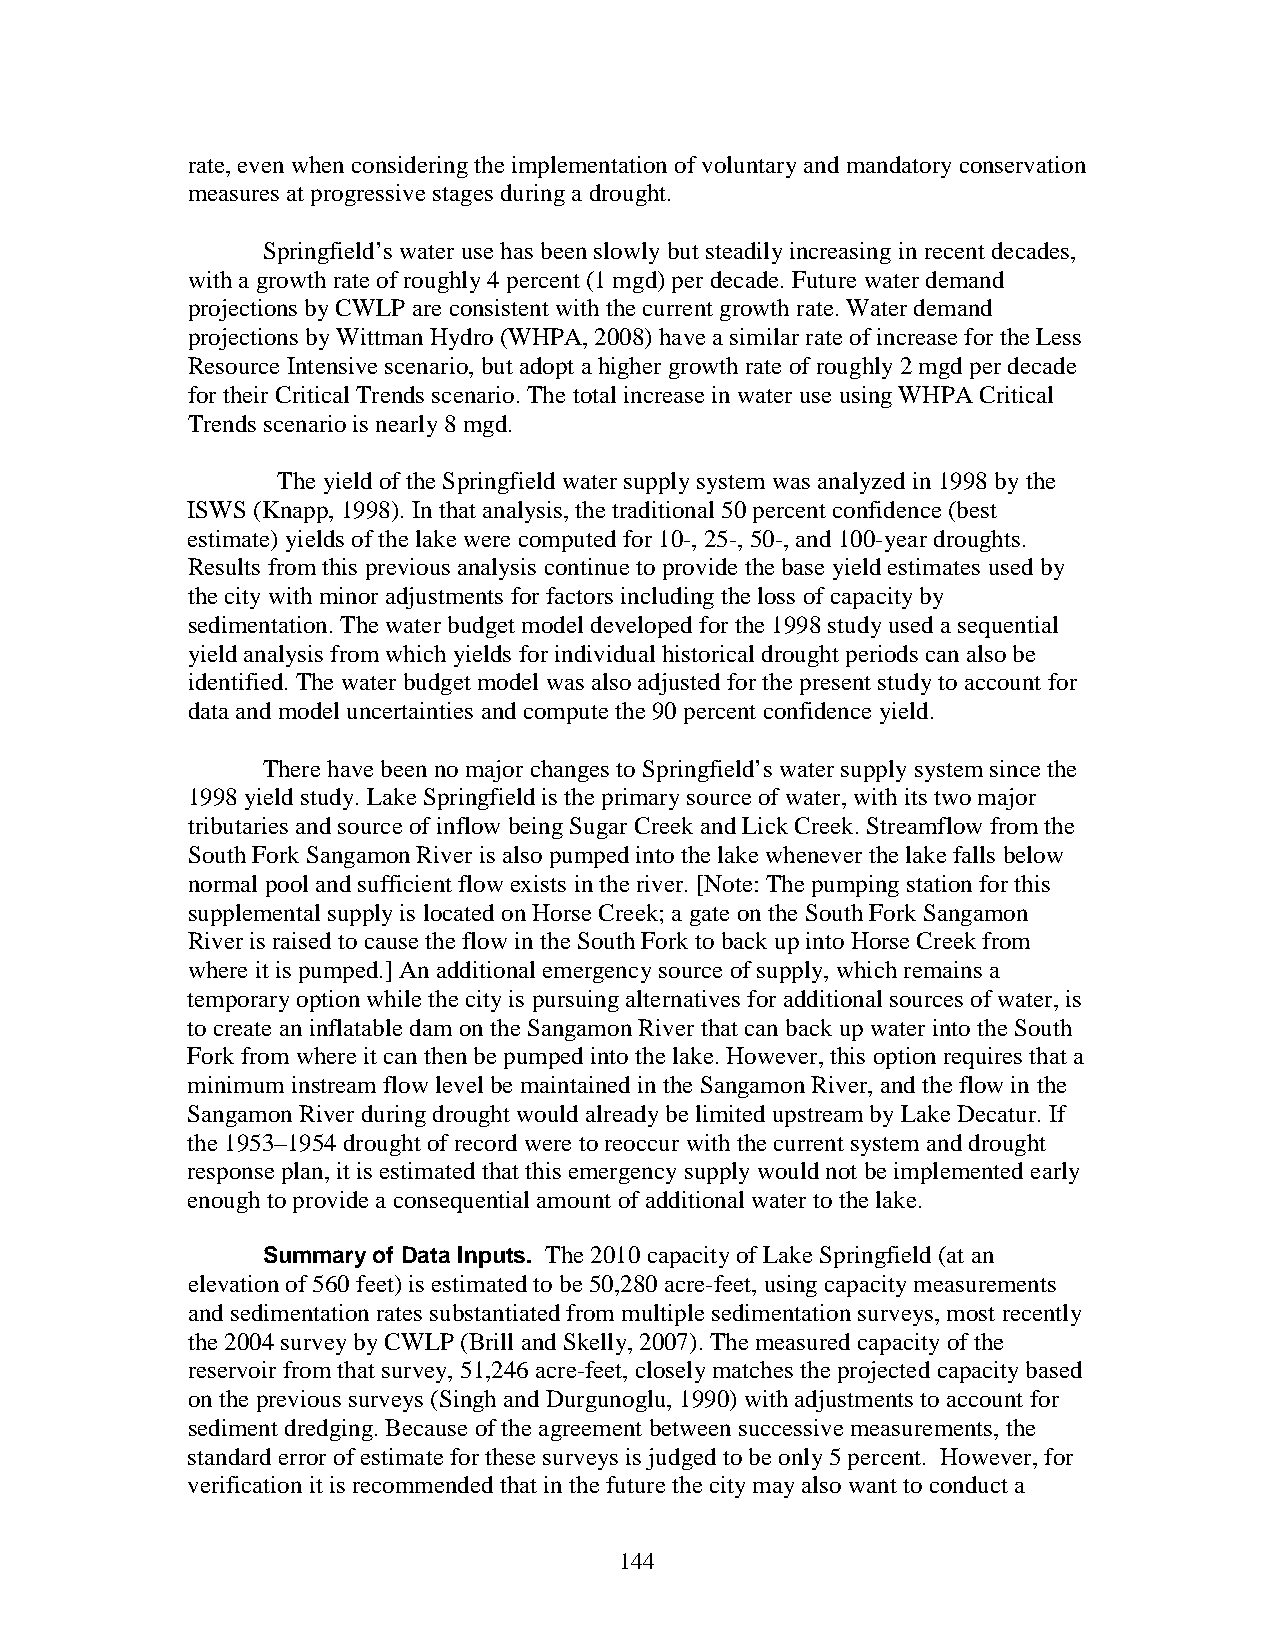
rate, even when considering the implementation of voluntary and mandatory conservation
 measures at progressive stages during a drought.
 Springfield’s water use has been slowly but steadily increasing in recent decades,
 with a growth rate of roughly 4 percent (1 mgd) per decade. Future water demand
 projections by CWLP are consistent with the current growth rate. Water demand
 projections by Wittman Hydro (WHPA, 2008) have a similar rate of increase for the Less
 Resource Intensive scenario, but adopt a higher growth rate of roughly 2 mgd per decade
 for their Critical Trends scenario. The total increase in water use using WHPA Critical
 Trends scenario is nearly 8 mgd.
 The yield of the Springfield water supply system was analyzed in 1998 by the
 ISWS (Knapp, 1998). In that analysis, the traditional 50 percent confidence (best
 estimate) yields of the lake were computed for 10-, 25-, 50-, and 100-year droughts.
 Results from this previous analysis continue to provide the base yield estimates used by
 the city with minor adjustments for factors including the loss of capacity by
 sedimentation. The water budget model developed for the 1998 study used a sequential
 yield analysis from which yields for individual historical drought periods can also be
 identified. The water budget model was also adjusted for the present study to account for
 data and model uncertainties and compute the 90 percent confidence yield.
 There have been no major changes to Springfield’s water supply system since the
 1998 yield study. Lake Springfield is the primary source of water, with its two major
 tributaries and source of inflow being Sugar Creek and Lick Creek. Streamflow from the
 South Fork Sangamon River is also pumped into the lake whenever the lake falls below
 normal pool and sufficient flow exists in the river. [Note: The pumping station for this
 supplemental supply is located on Horse Creek; a gate on the South Fork Sangamon
 River is raised to cause the flow in the South Fork to back up into Horse Creek from
 where it is pumped.] An additional emergency source of supply, which remains a
 temporary option while the city is pursuing alternatives for additional sources of water, is
 to create an inflatable dam on the Sangamon River that can back up water into the South
 Fork from where it can then be pumped into the lake. However, this option requires that a
 minimum instream flow level be maintained in the Sangamon River, and the flow in the
 Sangamon River during drought would already be limited upstream by Lake Decatur. If
 the 1953–1954 drought of record were to reoccur with the current system and drought
 response plan, it is estimated that this emergency supply would not be implemented early
 enough to provide a consequential amount of additional water to the lake.
 Summary of Data Inputs. The 2010 capacity of Lake Springfield (at an
 elevation of 560 feet) is estimated to be 50,280 acre-feet, using capacity measurements
 and sedimentation rates substantiated from multiple sedimentation surveys, most recently
 the 2004 survey by CWLP (Brill and Skelly, 2007). The measured capacity of the
 reservoir from that survey, 51,246 acre-feet, closely matches the projected capacity based
 on the previous surveys (Singh and Durgunoglu, 1990) with adjustments to account for
 sediment dredging. Because of the agreement between successive measurements, the
 standard error of estimate for these surveys is judged to be only 5 percent. However, for
 verification it is recommended that in the future the city may also want to conduct a
 144